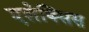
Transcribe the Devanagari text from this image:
एलेक्‍सिस